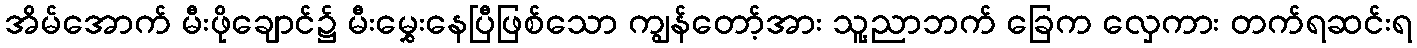
အိမ်အောက် မီးဖိုချောင်၌ မီးမွှေးနေပြီဖြစ်သော ကျွန်တော့်အား သူ့ညာဘက် ခြေက လှေကား တက်ရဆင်းရ